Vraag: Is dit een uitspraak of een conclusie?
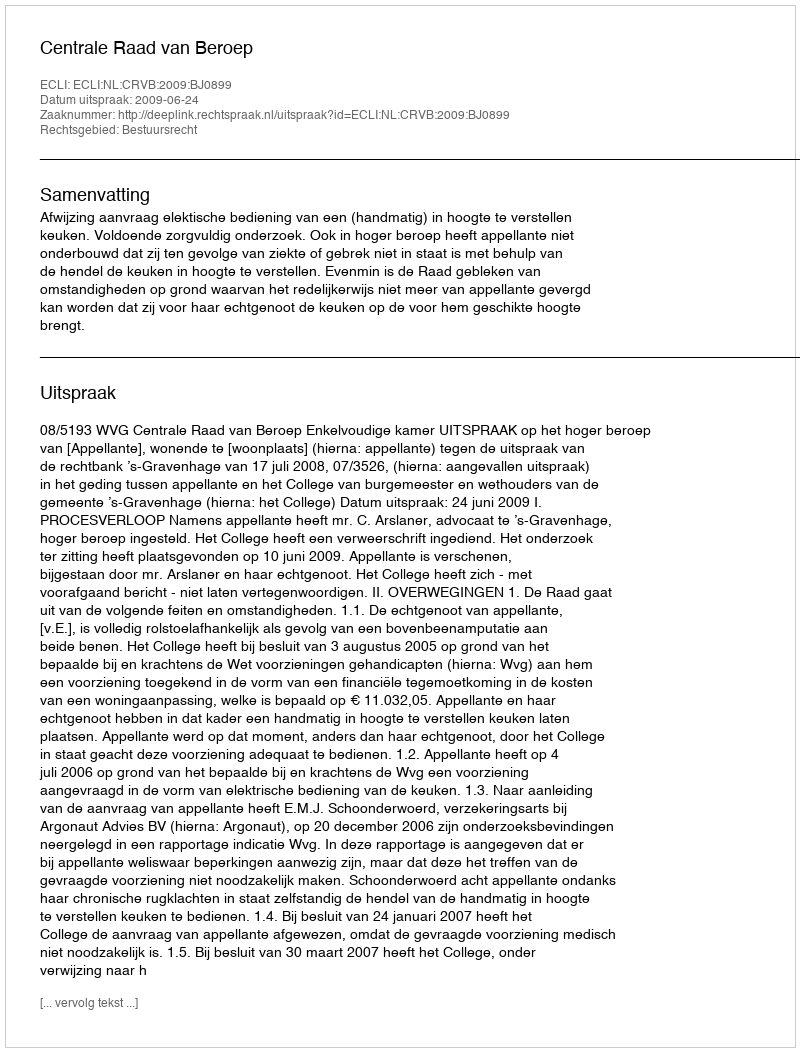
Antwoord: Uitspraak